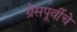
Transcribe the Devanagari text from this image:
ग्रेसपूर्वीचे